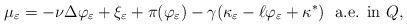
LaTeX: \begin{align*} \mu_{\varepsilon}= - \nu \Delta \varphi_{\varepsilon} + \xi_{\varepsilon} + \pi(\varphi_{\varepsilon}) - \gamma (\kappa_{\varepsilon} - \ell \varphi_{\varepsilon} + \kappa^*) \ \ \textrm{a.e. in $Q$,} \end{align*}